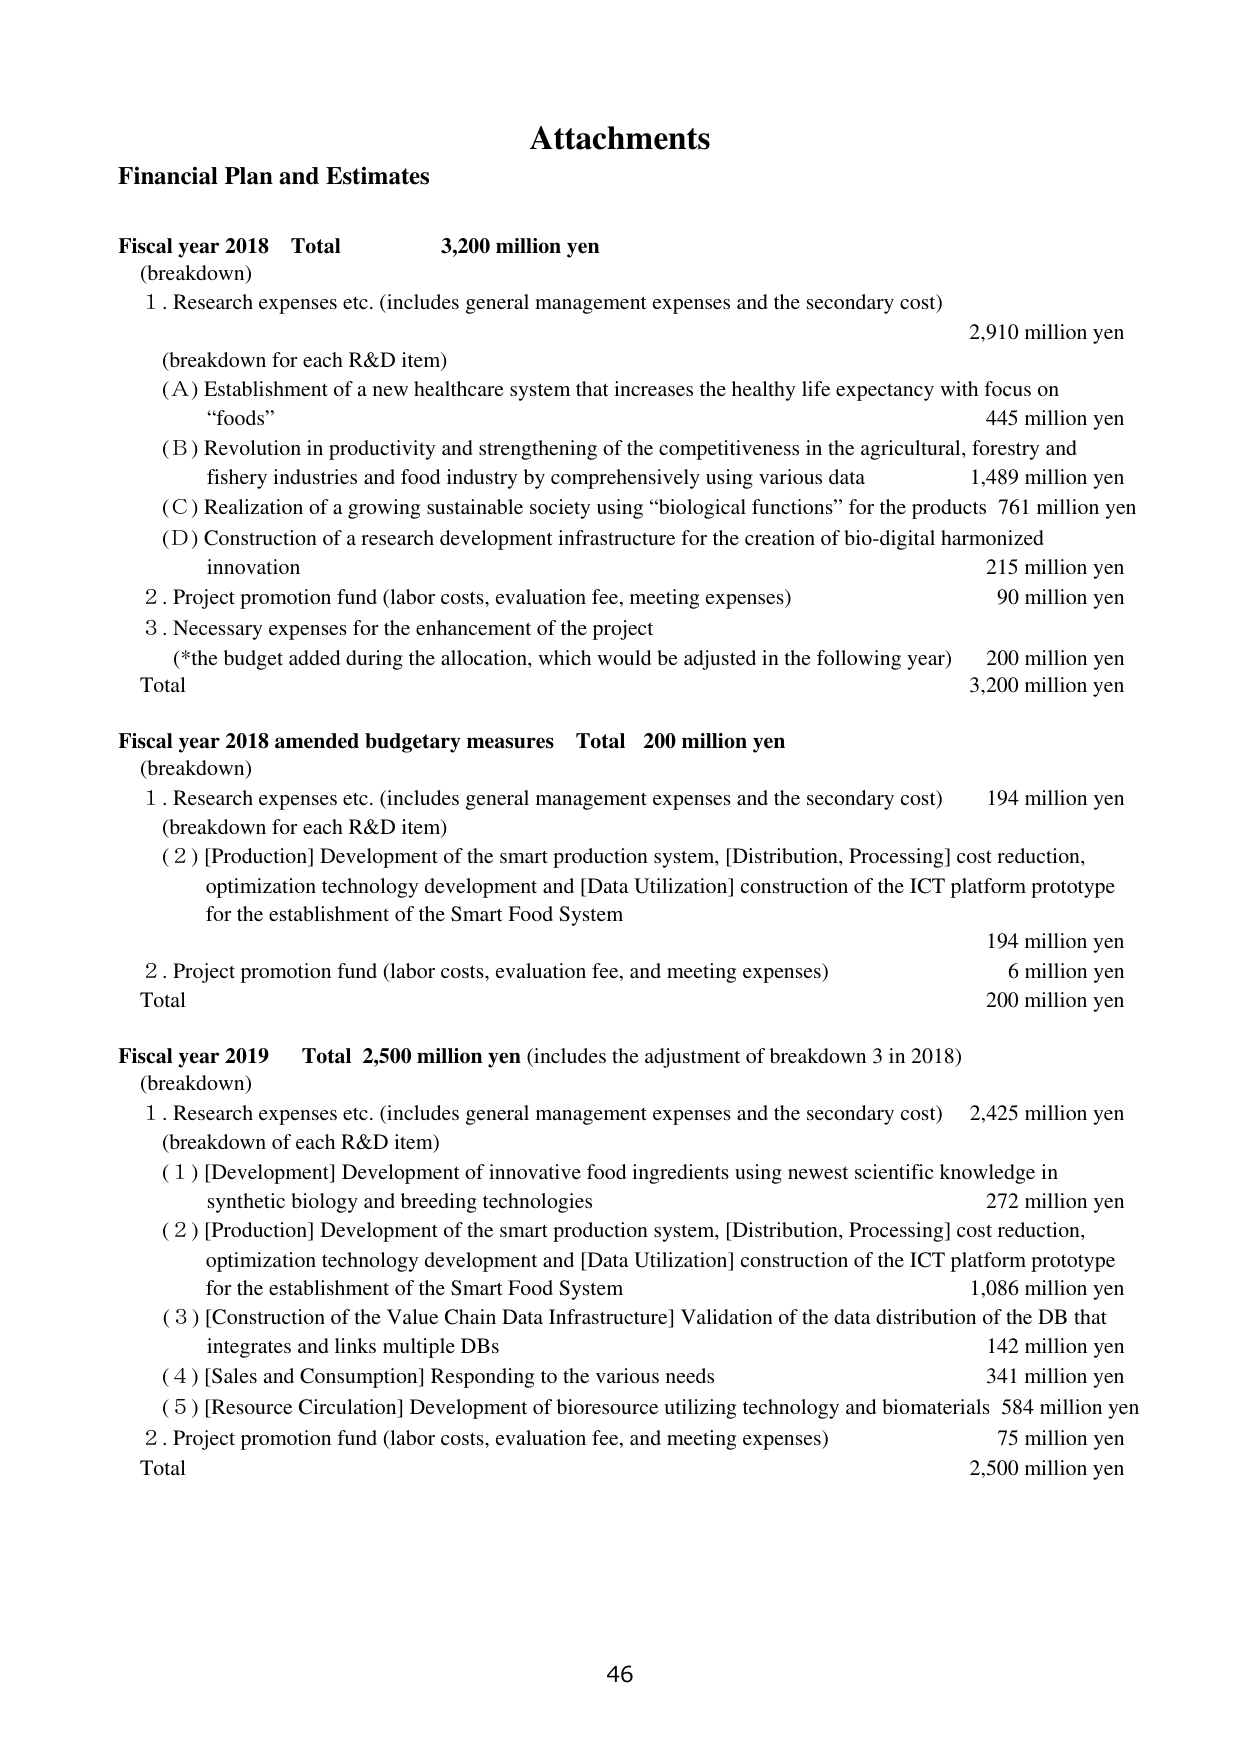
Attachments

Financial Plan and Estimates

Fiscal year 2018 Total 3,200 million yen
(breakdown)
1. Research expenses etc. (includes general management expenses and the secondary cost) 2,910 million yen
(breakdown for each R&D item)
(A) Establishment of a new healthcare system that increases the healthy life expectancy with focus on "foods" 445 million yen
(B) Revolution in productivity and strengthening of the competitiveness in the agricultural, forestry and fishery industries and food industry by comprehensively using various data 1,489 million yen
(C) Realization of a growing sustainable society using "biological functions" for the products 761 million yen
(D) Construction of a research development infrastructure for the creation of bio-digital harmonized innovation 215 million yen
2. Project promotion fund (labor costs, evaluation fee, meeting expenses) 90 million yen
3. Necessary expenses for the enhancement of the project (*the budget added during the allocation, which would be adjusted in the following year) 200 million yen
Total 3,200 million yen

Fiscal year 2018 amended budgetary measures Total 200 million yen
(breakdown)
1. Research expenses etc. (includes general management expenses and the secondary cost) 194 million yen
(breakdown for each R&D item)
(2) [Production] Development of the smart production system, [Distribution, Processing] cost reduction, optimization technology development and [Data Utilization] construction of the ICT platform prototype for the establishment of the Smart Food System 194 million yen
2. Project promotion fund (labor costs, evaluation fee, and meeting expenses) 6 million yen
Total 200 million yen

Fiscal year 2019 Total 2,500 million yen (includes the adjustment of breakdown 3 in 2018)
(breakdown)
1. Research expenses etc. (includes general management expenses and the secondary cost) 2,425 million yen
(breakdown of each R&D item)
(1) [Development] Development of innovative food ingredients using newest scientific knowledge in synthetic biology and breeding technologies 272 million yen
(2) [Production] Development of the smart production system, [Distribution, Processing] cost reduction, optimization technology development and [Data Utilization] construction of the ICT platform prototype for the establishment of the Smart Food System 1,086 million yen
(3) [Construction of the Value Chain Data Infrastructure] Validation of the data distribution of the DB that integrates and links multiple DBs 142 million yen
(4) [Sales and Consumption] Responding to the various needs 341 million yen
(5) [Resource Circulation] Development of bioresource utilizing technology and biomaterials 584 million yen
2. Project promotion fund (labor costs, evaluation fee, and meeting expenses) 75 million yen
Total 2,500 million yen

46